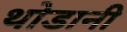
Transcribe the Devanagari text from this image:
थोडानी